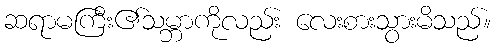
ဆရာမကြီး၏သမ္ဘာကိုလည်း လေးစားသွားမိသည်။